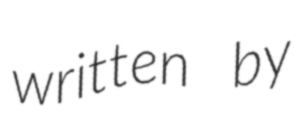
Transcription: written by